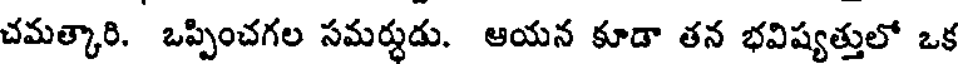
చమత్కారి. ఒప్పించగల సమర్శడు. ఆయన కూడా తన భవిష్యత్తులో ఒక